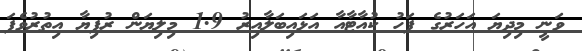
ވަނީ މިދިޔަ އަހަރުގެ ފަހު ކުއާޓާއާ އަޅައިބަލާއިރު 1.9 މިލިޔަން ރުފިޔާ އިތުރުވެފަ